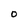
Character: 0